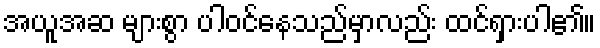
အယူအဆ များစွာ ပါဝင်နေသည်မှာလည်း ထင်ရှားပါ၏။